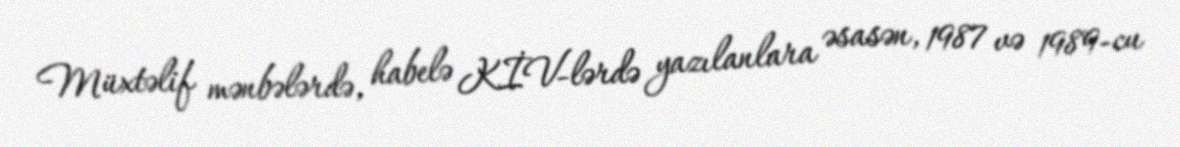
Müxtəlif mənbələrdə, habelə KİV-lərdə yazılanlara əsasən, 1987 və 1989-cu